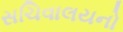
સચિવાલયનો